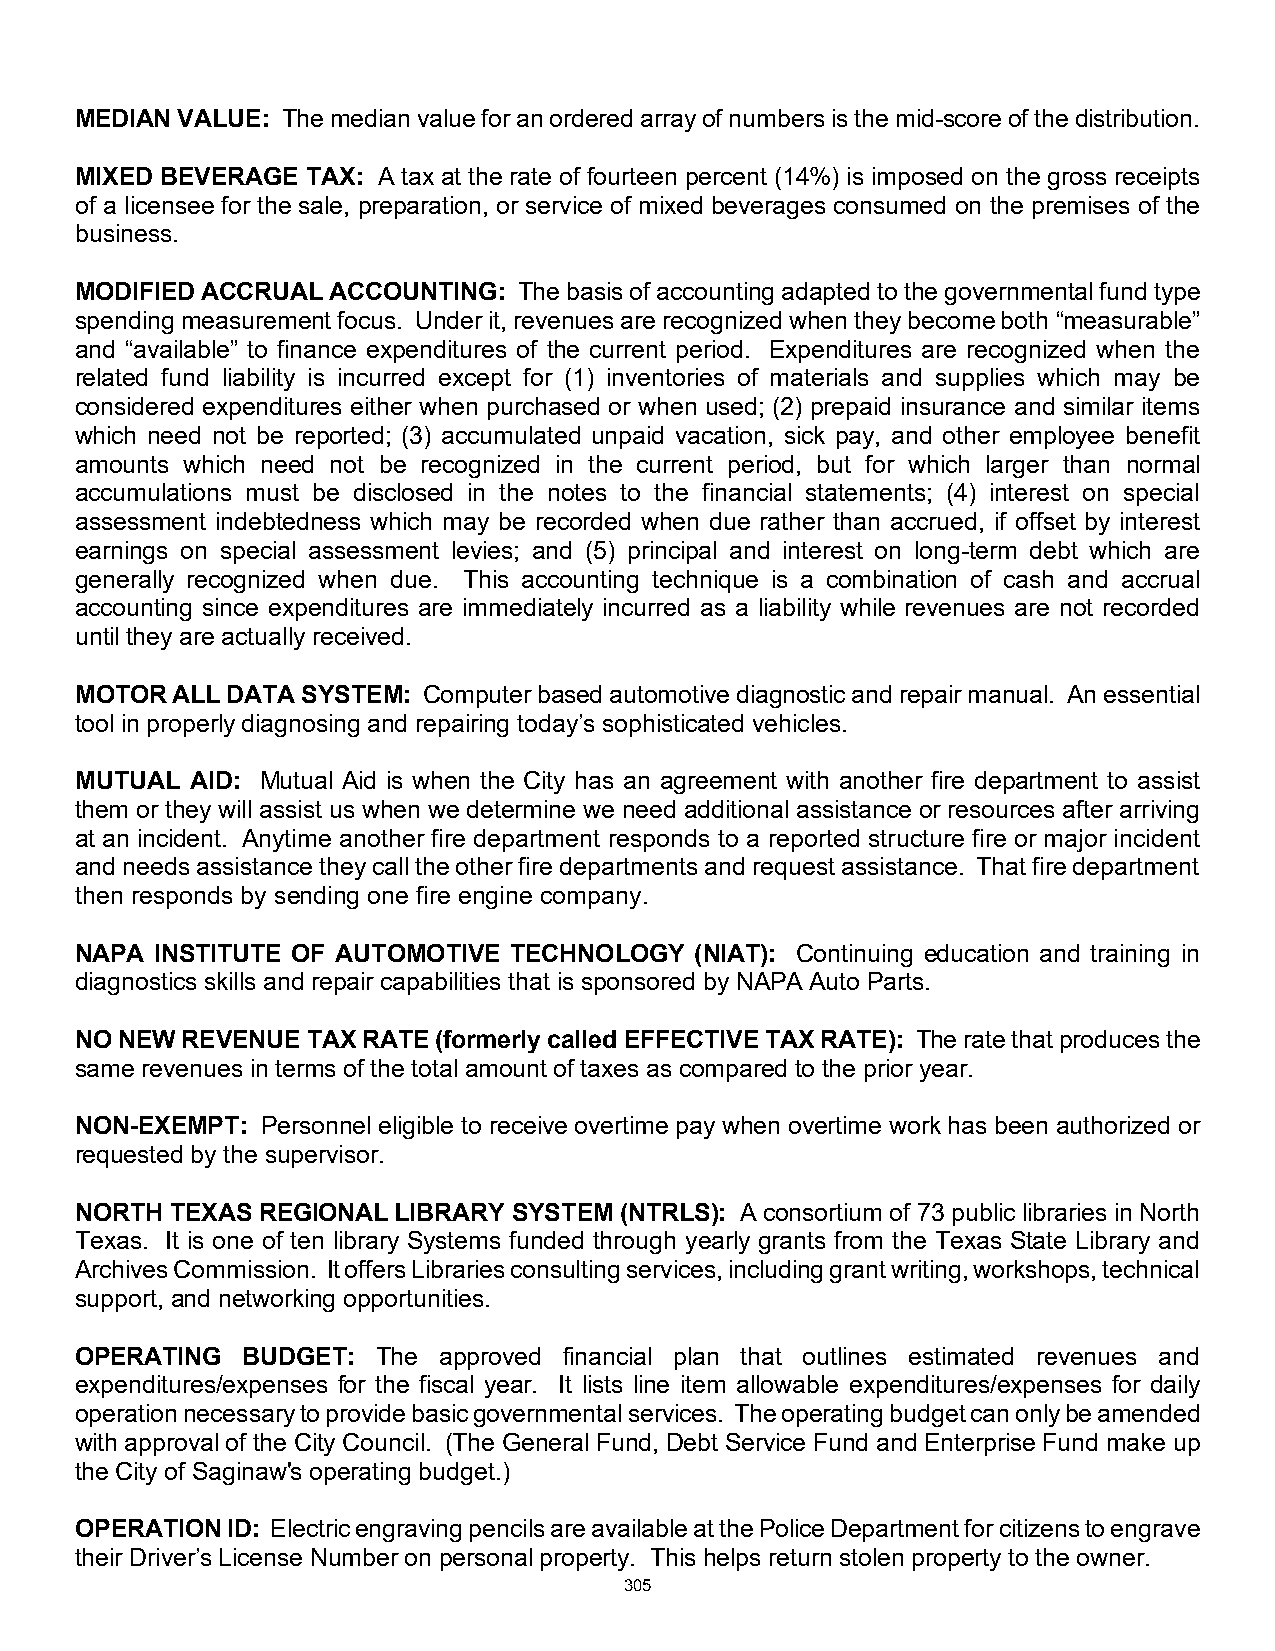
MEDIAN VALUE: The median value for an ordered array of numbers is the mid-score of the distribution.
 MIXED BEVERAGE TAX: A tax at the rate of fourteen percent (14%) is imposed on the gross receipts
 of a licensee for the sale, preparation, or service of mixed beverages consumed on the premises of the
 business.
 MODIFIED ACCRUAL ACCOUNTING: The basis of accounting adapted to the governmental fund type
 spending measurement focus. Under it, revenues are recognized when they become both “measurable”
 and “available” to finance expenditures of the current period. Expenditures are recognized when the
 related fund liability is incurred except for (1) inventories of materials and supplies which may be
 considered expenditures either when purchased or when used; (2) prepaid insurance and similar items
 which need not be reported; (3) accumulated unpaid vacation, sick pay, and other employee benefit
 amounts which need not be recognized in the current period, but for which larger than normal
 accumulations must be disclosed in the notes to the financial statements; (4) interest on special
 assessment indebtedness which may be recorded when due rather than accrued, if offset by interest
 earnings on special assessment levies; and (5) principal and interest on long-term debt which are
 generally recognized when due. This accounting technique is a combination of cash and accrual
 accounting since expenditures are immediately incurred as a liability while revenues are not recorded
 until they are actually received.
 MOTOR ALL DATA SYSTEM: Computer based automotive diagnostic and repair manual. An essential
 tool in properly diagnosing and repairing today’s sophisticated vehicles.
 MUTUAL  AID: Mutual Aid is when the City has an agreement with another fire department to assist
 them or they will assist us when we determine we need additional assistance or resources after arriving
 at an incident. Anytime another fire department responds to a reported structure fire or major incident
 and needs assistance they call the other fire departments and request assistance. That fire department
 then responds by sending one fire engine company.
 NAPA INSTITUTE OF AUTOMOTIVE TECHNOLOGY  (NIAT): Continuing education and training in
 diagnostics skills and repair capabilities that is sponsored by NAPA Auto Parts.
 NO NEW REVENUE TAX RATE (formerly called EFFECTIVE TAX RATE): The rate that produces the
 same revenues in terms of the total amount of taxes as compared to the prior year.
 NON-EXEMPT: Personnel eligible to receive overtime pay when overtime work has been authorized or
 requested by the supervisor.
 NORTH TEXAS REGIONAL LIBRARY SYSTEM (NTRLS): A consortium of 73 public libraries in North
 Texas. It is one of ten library Systems funded through yearly grants from the Texas State Library and
 Archives Commission. It offers Libraries consulting services, including grant writing, workshops, technical
 support, and networking opportunities.
 OPERATING  BUDGET:  The approved financial plan that outlines estimated revenues and
 expenditures/expenses for the fiscal year. It lists line item allowable expenditures/expenses for daily
 operation necessary to provide basic governmental services. The operating budget can only be amended
 with approval of the City Council. (The General Fund, Debt Service Fund and Enterprise Fund make up
 the City of Saginaw's operating budget.)
 OPERATION ID: Electric engraving pencils are available at the Police Department for citizens to engrave
 their Driver’s License Number on personal property. This helps return stolen property to the owner.
 305